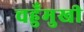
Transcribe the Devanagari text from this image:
चहुँमुखी